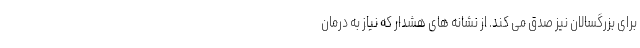
برای بزرگسالان نیز صدق می کند. از نشانه های هشدار که نیاز به درمان